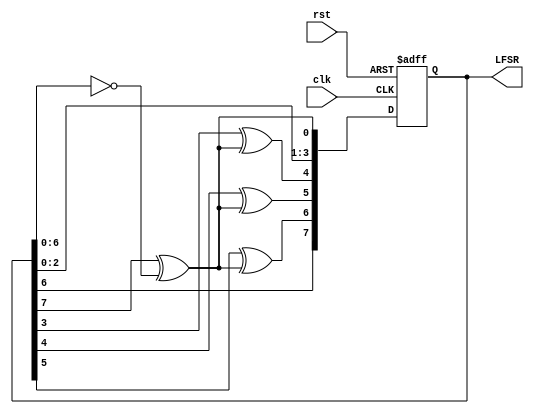
module LFSR(
//clk,en,LFSR);
//input clk;
//input en;
//output reg[7:0] LFSR;
  input clk,
  input rst,
  output reg [7:0] LFSR = 255
);

wire feedback = LFSR[7] ^ (LFSR[6:0]==7'b0000000);

always @(posedge clk or negedge rst)
begin
if(!rst)
	LFSR<=8'hFF;
else begin
	LFSR[0] <= feedback;
	LFSR[1] <= LFSR[0];
	LFSR[2] <= LFSR[1];
	LFSR[3] <= LFSR[2];
	LFSR[4] <= LFSR[3]^ feedback;
	LFSR[5] <= LFSR[4]^ feedback;
	LFSR[6] <= LFSR[5]^ feedback;
	LFSR[7] <= LFSR[6];
end
	end
endmodule